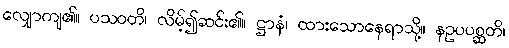
လျှောကျ၏။ ပသဝတိ၊ လိမ့်၍ဆင်း၏။ ဋ္ဌာနံ၊ ထားသောနေရာသို့။ နဥပပစ္ဆတိ၊